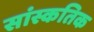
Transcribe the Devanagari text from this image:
सांस्कतिक